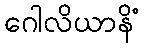
ဂေါလိယာနိံ